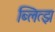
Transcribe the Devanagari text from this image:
ब्लित्झ